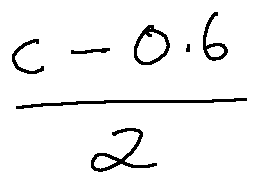
\frac { c - 0 . 6 } { 2 }